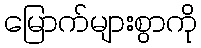
မြောက်များစွာကို